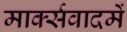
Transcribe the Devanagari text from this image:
मार्क्सवादमें